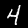
Digit: 4